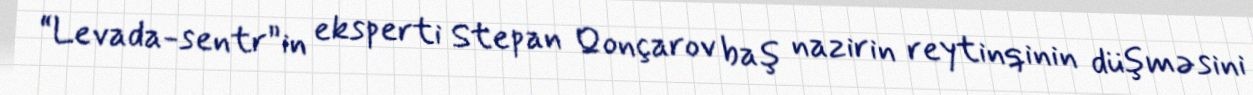
“Levada-sentr”in eksperti Stepan Qonçarov baş nazirin reytinqinin düşməsini